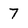
Character: 7